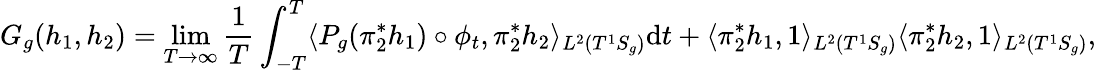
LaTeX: G_{g}(h_{1},h_{2})=\operatorname*{lim}_{T\to\infty}\frac{1}{T}\int_{-T}^{T}\langle P_{g}(\pi_{2}^{*}h_{1})\circ\phi_{t},\pi_{2}^{*}h_{2}\rangle_{L^{2}(T^{1}S_{g})}\mathrm{d}t+\langle\pi_{2}^{*}h_{1},1\rangle_{L^{2}(T^{1}S_{g})}\langle\pi_{2}^{*}h_{2},1\rangle_{L^{2}(T^{1}S_{g})},